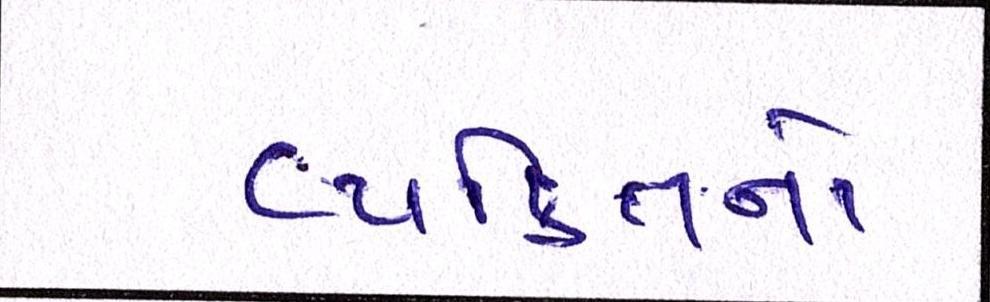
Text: વ્યક્તિનો